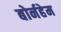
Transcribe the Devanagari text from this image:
बोर्नहेम